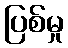
ပြစ်မှု